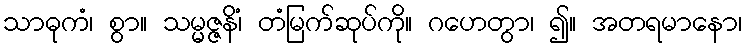
သာဓုကံ၊ စွာ။ သမ္မဇ္ဇနိံ၊ တံမြက်ဆုပ်ကို။ ဂဟေတွာ၊ ၍။ အတရမာနော၊